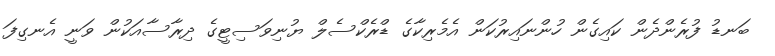
ބަނޑު ފުރެންދެން ކައިގެން ހުންނައިރުކަން އެމެރިކާގެ ޑްރެކްސެލް ޔުނިވަސިޓީގެ ދިރާސާއަކުން ވަނީ އެނގިފަ